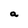
Character: a